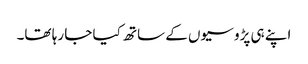
اپنے ہی پڑوسیوں کے ساتھ کیا جا رہا تھا۔